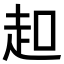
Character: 𧺚